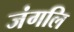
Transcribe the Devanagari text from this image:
जंगलि